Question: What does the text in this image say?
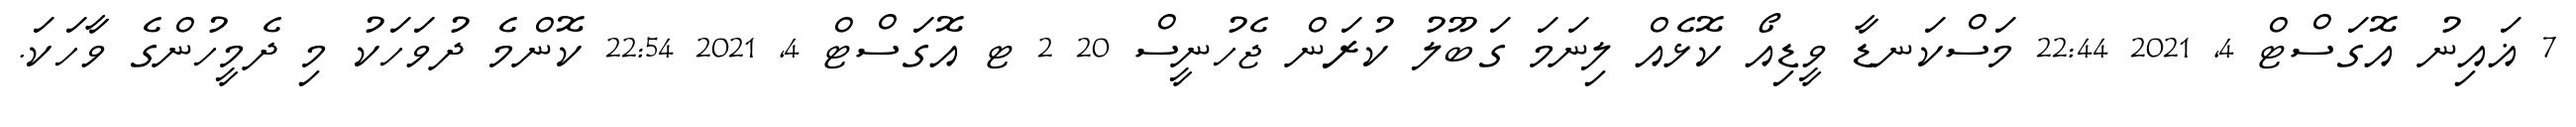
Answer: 7 ޣައިނު އޮގަސްޓް 4, 2021 22:44 މަސްކަނޑާ ވީޑިއޯ ކޮޅެއް ލިނަމަ ގަބޫލު ކުރަން ޖެހުނީސް 20 2 ޓ އޮގަސްޓް 4, 2021 22:54 ކޮންމެ ދުވަހަކު މި ދެމީހުންގެ ވާހަކަ.